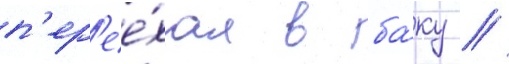
п'ер'ее́хал в ба́ку //